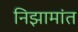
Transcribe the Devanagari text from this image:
निझामांत